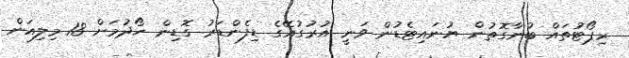
ރިޕޯޓުތައް ބުނާގޮތުން ޔުނައިޓެޑުން ވަނީ އުރުގުއޭގެ ޑިފެންޑަރު ގޮޑިން ހޯދުމަށް 18 މިލިއަން